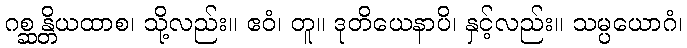
ဂစ္ဆန္တိယထာစ၊ သို့လည်း။ ဧဝံ၊ တူ။ ဒုတိယေနာပိ၊ နှင့်လည်း။ သမ္ပယောဂံ၊